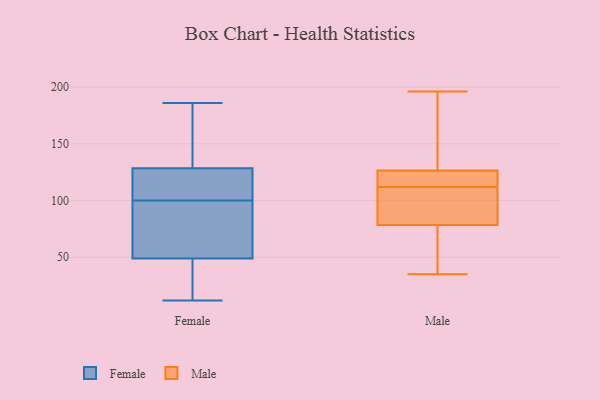
{"axis": {"x": "Conversion Rate (%)", "y": "Value"}, "legend": ["Female", "Male"], "data": [{"x": "", "y": 115, "type": "Female"}, {"x": "", "y": 30, "type": "Female"}, {"x": "", "y": 56, "type": "Female"}, {"x": "", "y": 171, "type": "Female"}, {"x": "", "y": 12, "type": "Female"}, {"x": "", "y": 76, "type": "Female"}, {"x": "", "y": 51, "type": "Female"}, {"x": "", "y": 71, "type": "Female"}, {"x": "", "y": 146, "type": "Female"}, {"x": "", "y": 18, "type": "Female"}, {"x": "", "y": 186, "type": "Female"}, {"x": "", "y": 132, "type": "Female"}, {"x": "", "y": 125, "type": "Female"}, {"x": "", "y": 37, "type": "Female"}, {"x": "", "y": 118, "type": "Female"}, {"x": "", "y": 105, "type": "Female"}, {"x": "", "y": 106, "type": "Female"}, {"x": "", "y": 138, "type": "Female"}, {"x": "", "y": 47, "type": "Female"}, {"x": "", "y": 95, "type": "Female"}, {"x": "", "y": 142, "type": "Male"}, {"x": "", "y": 40, "type": "Male"}, {"x": "", "y": 74, "type": "Male"}, {"x": "", "y": 115, "type": "Male"}, {"x": "", "y": 125, "type": "Male"}, {"x": "", "y": 86, "type": "Male"}, {"x": "", "y": 88, "type": "Male"}, {"x": "", "y": 196, "type": "Male"}, {"x": "", "y": 155, "type": "Male"}, {"x": "", "y": 116, "type": "Male"}, {"x": "", "y": 40, "type": "Male"}, {"x": "", "y": 78, "type": "Male"}, {"x": "", "y": 35, "type": "Male"}, {"x": "", "y": 125, "type": "Male"}, {"x": "", "y": 144, "type": "Male"}, {"x": "", "y": 91, "type": "Male"}, {"x": "", "y": 112, "type": "Male"}, {"x": "", "y": 127, "type": "Male"}, {"x": "", "y": 80, "type": "Male"}]}